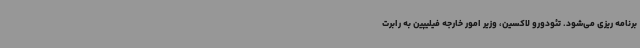
برنامه ریزی می‌شود. تئودورو لاکسین، وزیر امور خارجه فیلیپین به رابرت